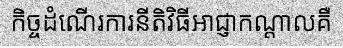
កិច្ចដំណើរការនីតិវិធីអាជ្ញាកណ្តាលគឺ